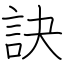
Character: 訣